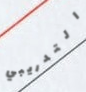
التدريبي